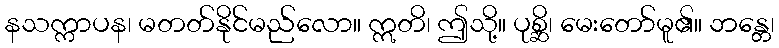
နသက္ကာပန၊ မတတ်နိုင်မည်လော။ ဣတိ၊ ဤသို့။ ပုစ္ဆိ၊ မေးတော်မူ၏။ ဘန္တေ၊